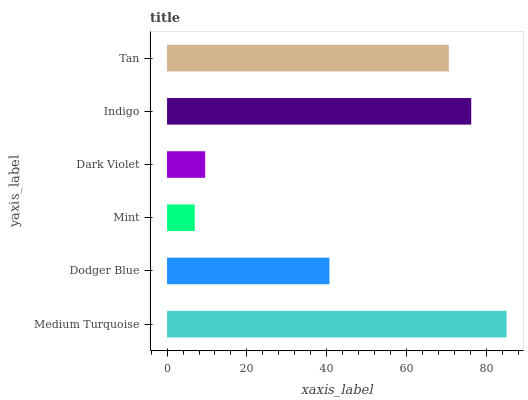
| yaxis_label | bars |
 | --- | --- |
 | Medium Turquoise | 85 |
 | Dodger Blue | 40.7 |
 | Mint | 6.95 |
 | Dark Violet | 9.54 |
 | Indigo | 76.2 |
 | Tan | 70.6 |